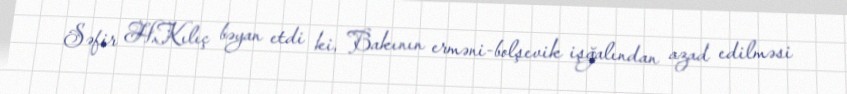
Səfir H.Kılıç bəyan etdi ki, Bakının erməni-bolşevik işğalından azad edilməsi